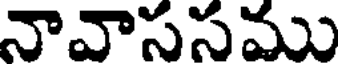
నావాససము